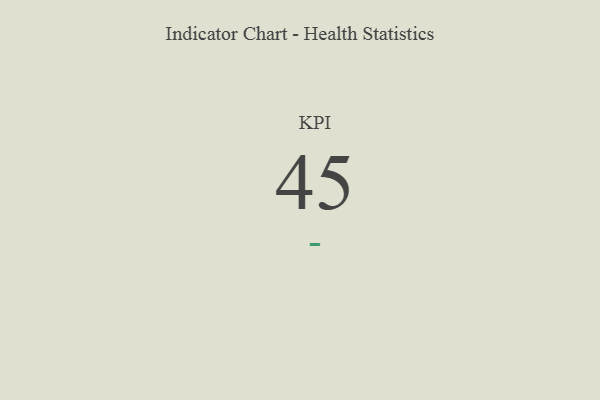
{"axis": {"x": "KPI", "y": "Value"}, "legend": [""], "data": [{"x": "KPI", "y": 45, "type": ""}]}